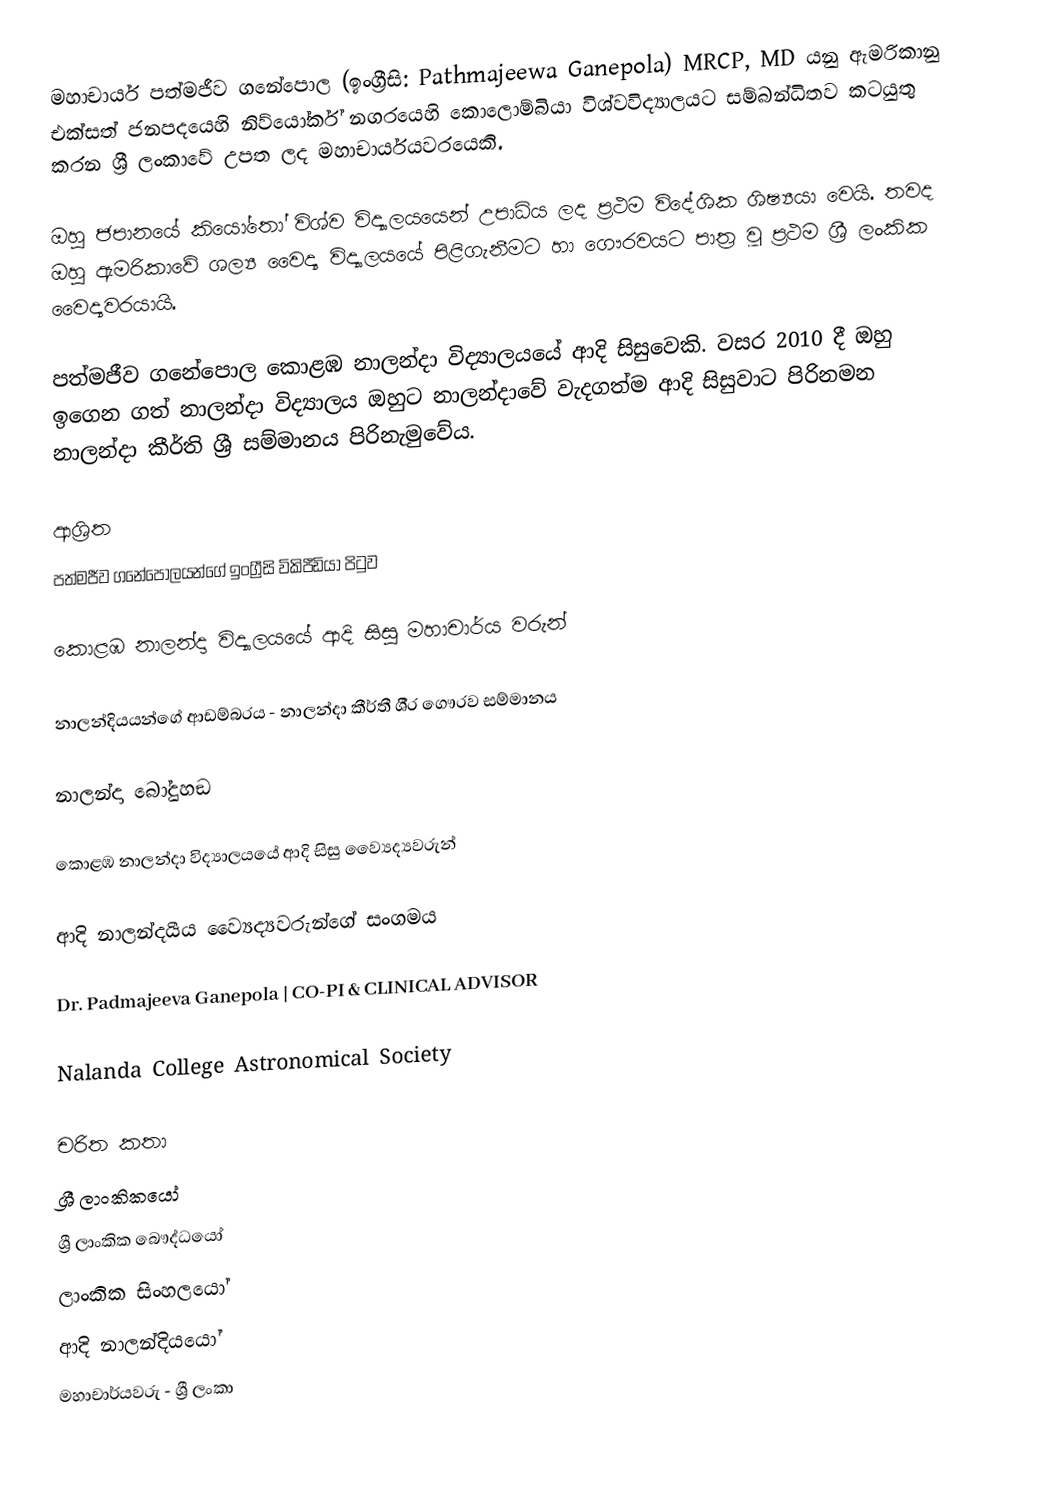
මහාචාර්ය පත්මජීව ගනේපොල (ඉංග්‍රීසි: Pathmajeewa Ganepola)  MRCP, MD යනු ඇමරිකානු එක්සත් ජනපදයෙහි නිව්යෝර්ක් නගරයෙහි  කොලොම්බියා විශ්වවිද්‍යාලයට සම්බන්ධිතව කටයුතු කරන ශ්‍රී ලංකාවේ උපත ලද මහාචාර්යයවරයෙකි.

ඔහු ජපානයේ කියෝතෝ විශ්ව විද්‍යාලයයෙන් උපාධිය ලද ප්‍රථම විදේශික ශිෂ්‍යයා වෙයි. තවද ඔහු ඇමරිකාවේ ශල්‍ය වෛද්‍ය විද්‍යාලයයේ පිළිගැනීමට හා ගෞරවයට පාත්‍ර වූ ප්‍රථම ශ්‍රී ලංකික වෛද්‍යවරයායි.

පත්මජීව ගනේපොල  කොළඹ නාලන්දා විද්‍යාලයයේ ආදි සිසුවෙකි. වසර 2010 දී ඔහු ඉගෙන ගත් නාලන්දා විද්‍යාලය ඔහුට නාලන්දාවේ වැදගත්ම ආදි සිසුවාට පිරිනමන නාලන්දා කීර්ති ශ්‍රී සම්මානය පිරිනැමුවේය.

ආශ්‍රිත
 පත්මජීව ගනේපොලයන්ගේ ඉංග්‍රීසි විකිපීඩියා පිටුව

 කොළඹ නාලන්දා විද්‍යාලයයේ ආදි සිසු මහාචාර්ය වරුන්

 නාලන්දියයන්ගේ ආඩම්බරය - නාලන්දා කීර්තී ශී‍්‍ර ගෞරව සම්මානය

 නාලන්දා බෝදුහඞ

 කොළඹ නාලන්දා විද්‍යාලයයේ ආදි සිසු ව්‍යෛද්‍යවරුන්

 ආදි නාලන්දයීය ව්‍යෛද්‍යවරුන්ගේ සංගමය

 Dr. Padmajeeva Ganepola | CO-PI & CLINICAL ADVISOR

 Nalanda College Astronomical Society

චරිත කතා
ශ්‍රී ලාංකිකයෝ
ශ්‍රී ලාංකික බෞද්ධයෝ
ලාංකික සිංහලයෝ
ආදි නාලන්දියයෝ
මහාචාර්යවරු - ශ්‍රී ලංකා